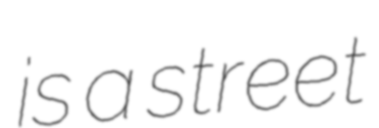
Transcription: is a street